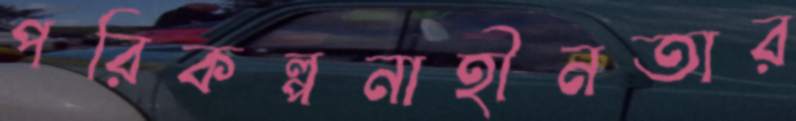
পরিকল্পনাহীনতার